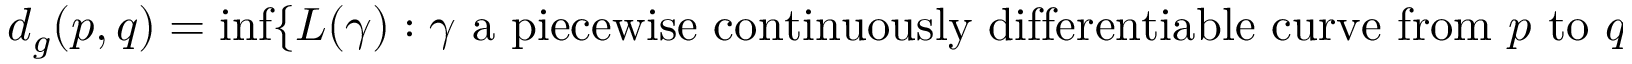
d _ { g } ( p , q ) = \operatorname* { i n f } \{ L ( \gamma ) : \gamma { \mathrm { ~ a ~ p i e c e w i s e ~ c o n t i n u o u s l y ~ d i f f e r e n t i a b l e ~ c u r v e ~ f r o m ~ } } p { \mathrm { ~ t o ~ } } q \} .